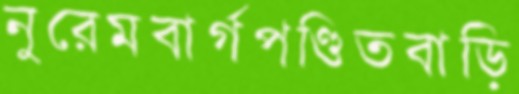
নুরেমবার্গপণ্ডিতবাড়ি